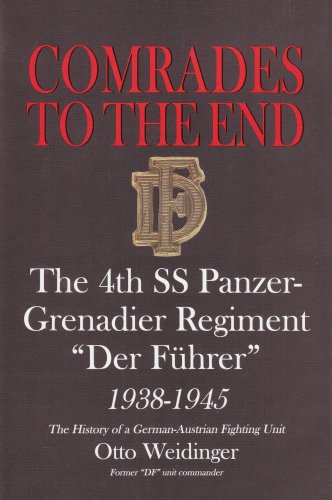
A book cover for Comrades to the End: The 4th SS Panzer-Grenadier Regiment "Der FÃ¼hrer" 1938-1945: The History of a German-Austrian Fighting Unit (Schiffer Military History); Former ""DF"" unit commander; History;